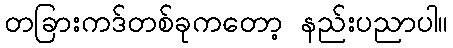
တခြားကဒ်တစ်ခုကတော့ နည်းပညာပါ။